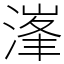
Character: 𣺿